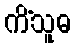
ကိံသူဓ